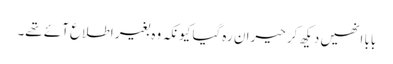
بابا انھیں دیکھ کر حیران رہ گیا کیونکہ وہ بغیر اطلاع آئے تھے۔